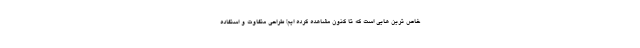
خاص ترین هایی است که تا کنون مشاهده کرده ایم! طراحی متفاوت و استفاده